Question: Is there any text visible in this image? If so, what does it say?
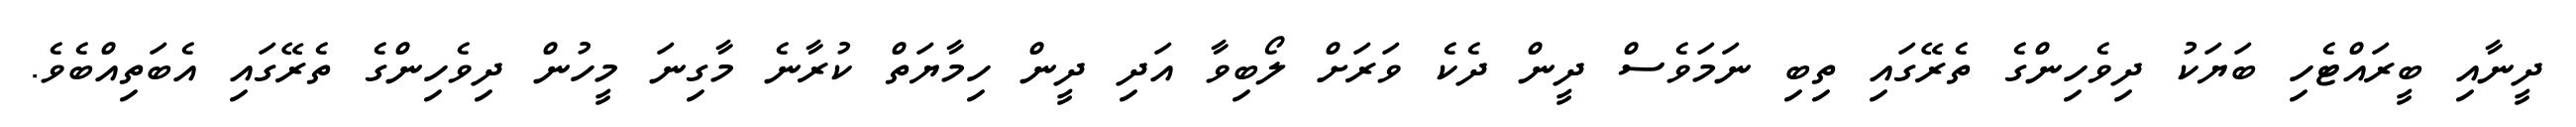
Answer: ދީނާއި ބީރައްޓެހި ބަޔަކު ދިވެހިންގެ ތެރޭގައި ތިބި ނަމަވެސް ދީން ދެކެ ވަރަށް ލޯބިވާ އަދި ދީން ހިމާޔަތް ކުރާނެ މާގިނަ މީހުން ދިވެހިންގެ ތެރޭގައި އެބަތިއްބެވެ.